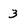
Character: 3